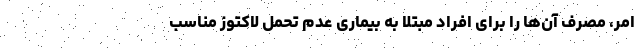
امر، مصرف آن‌ها را برای افراد مبتلا به بیماری عدم تحمل لاکتوز مناسب